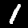
Label: 1